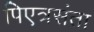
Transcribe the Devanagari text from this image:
पिएत्रसंता